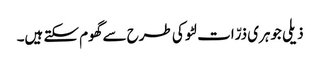
ذیلی جوہری ذرّات لٹو کی طرح سے گھوم سکتے ہیں۔